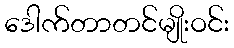
ဒေါက်တာတင်မျိုးဝင်း